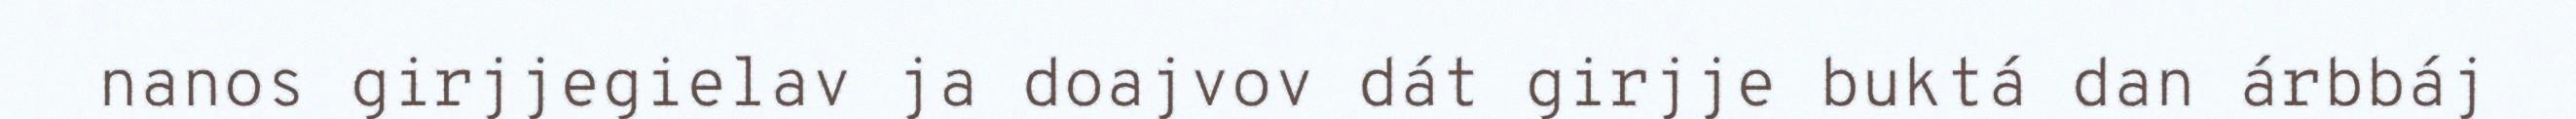
nanos girjjegielav ja doajvov dát girjje buktá dan árbbáj